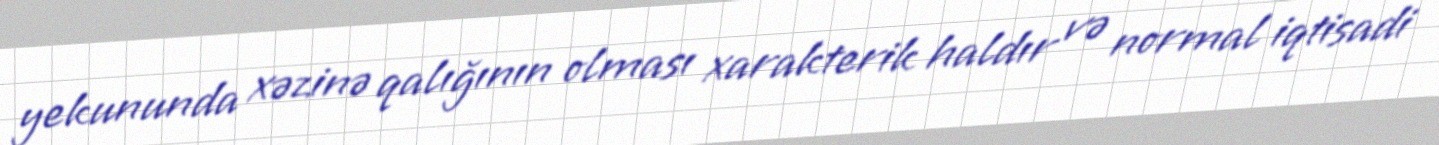
yekununda xəzinə qalığının olması xarakterik haldır və normal iqtisadi